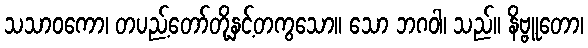
သသာဝကော၊ တပည့်တော်တို့နှင့်တကွသော။ သော ဘဂဝါ၊ သည်။ နိဗ္ဗူတော၊